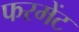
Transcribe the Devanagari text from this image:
फरमेंट